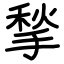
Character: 揫